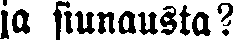
ja siunausta?